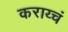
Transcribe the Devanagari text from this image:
कराय्चं